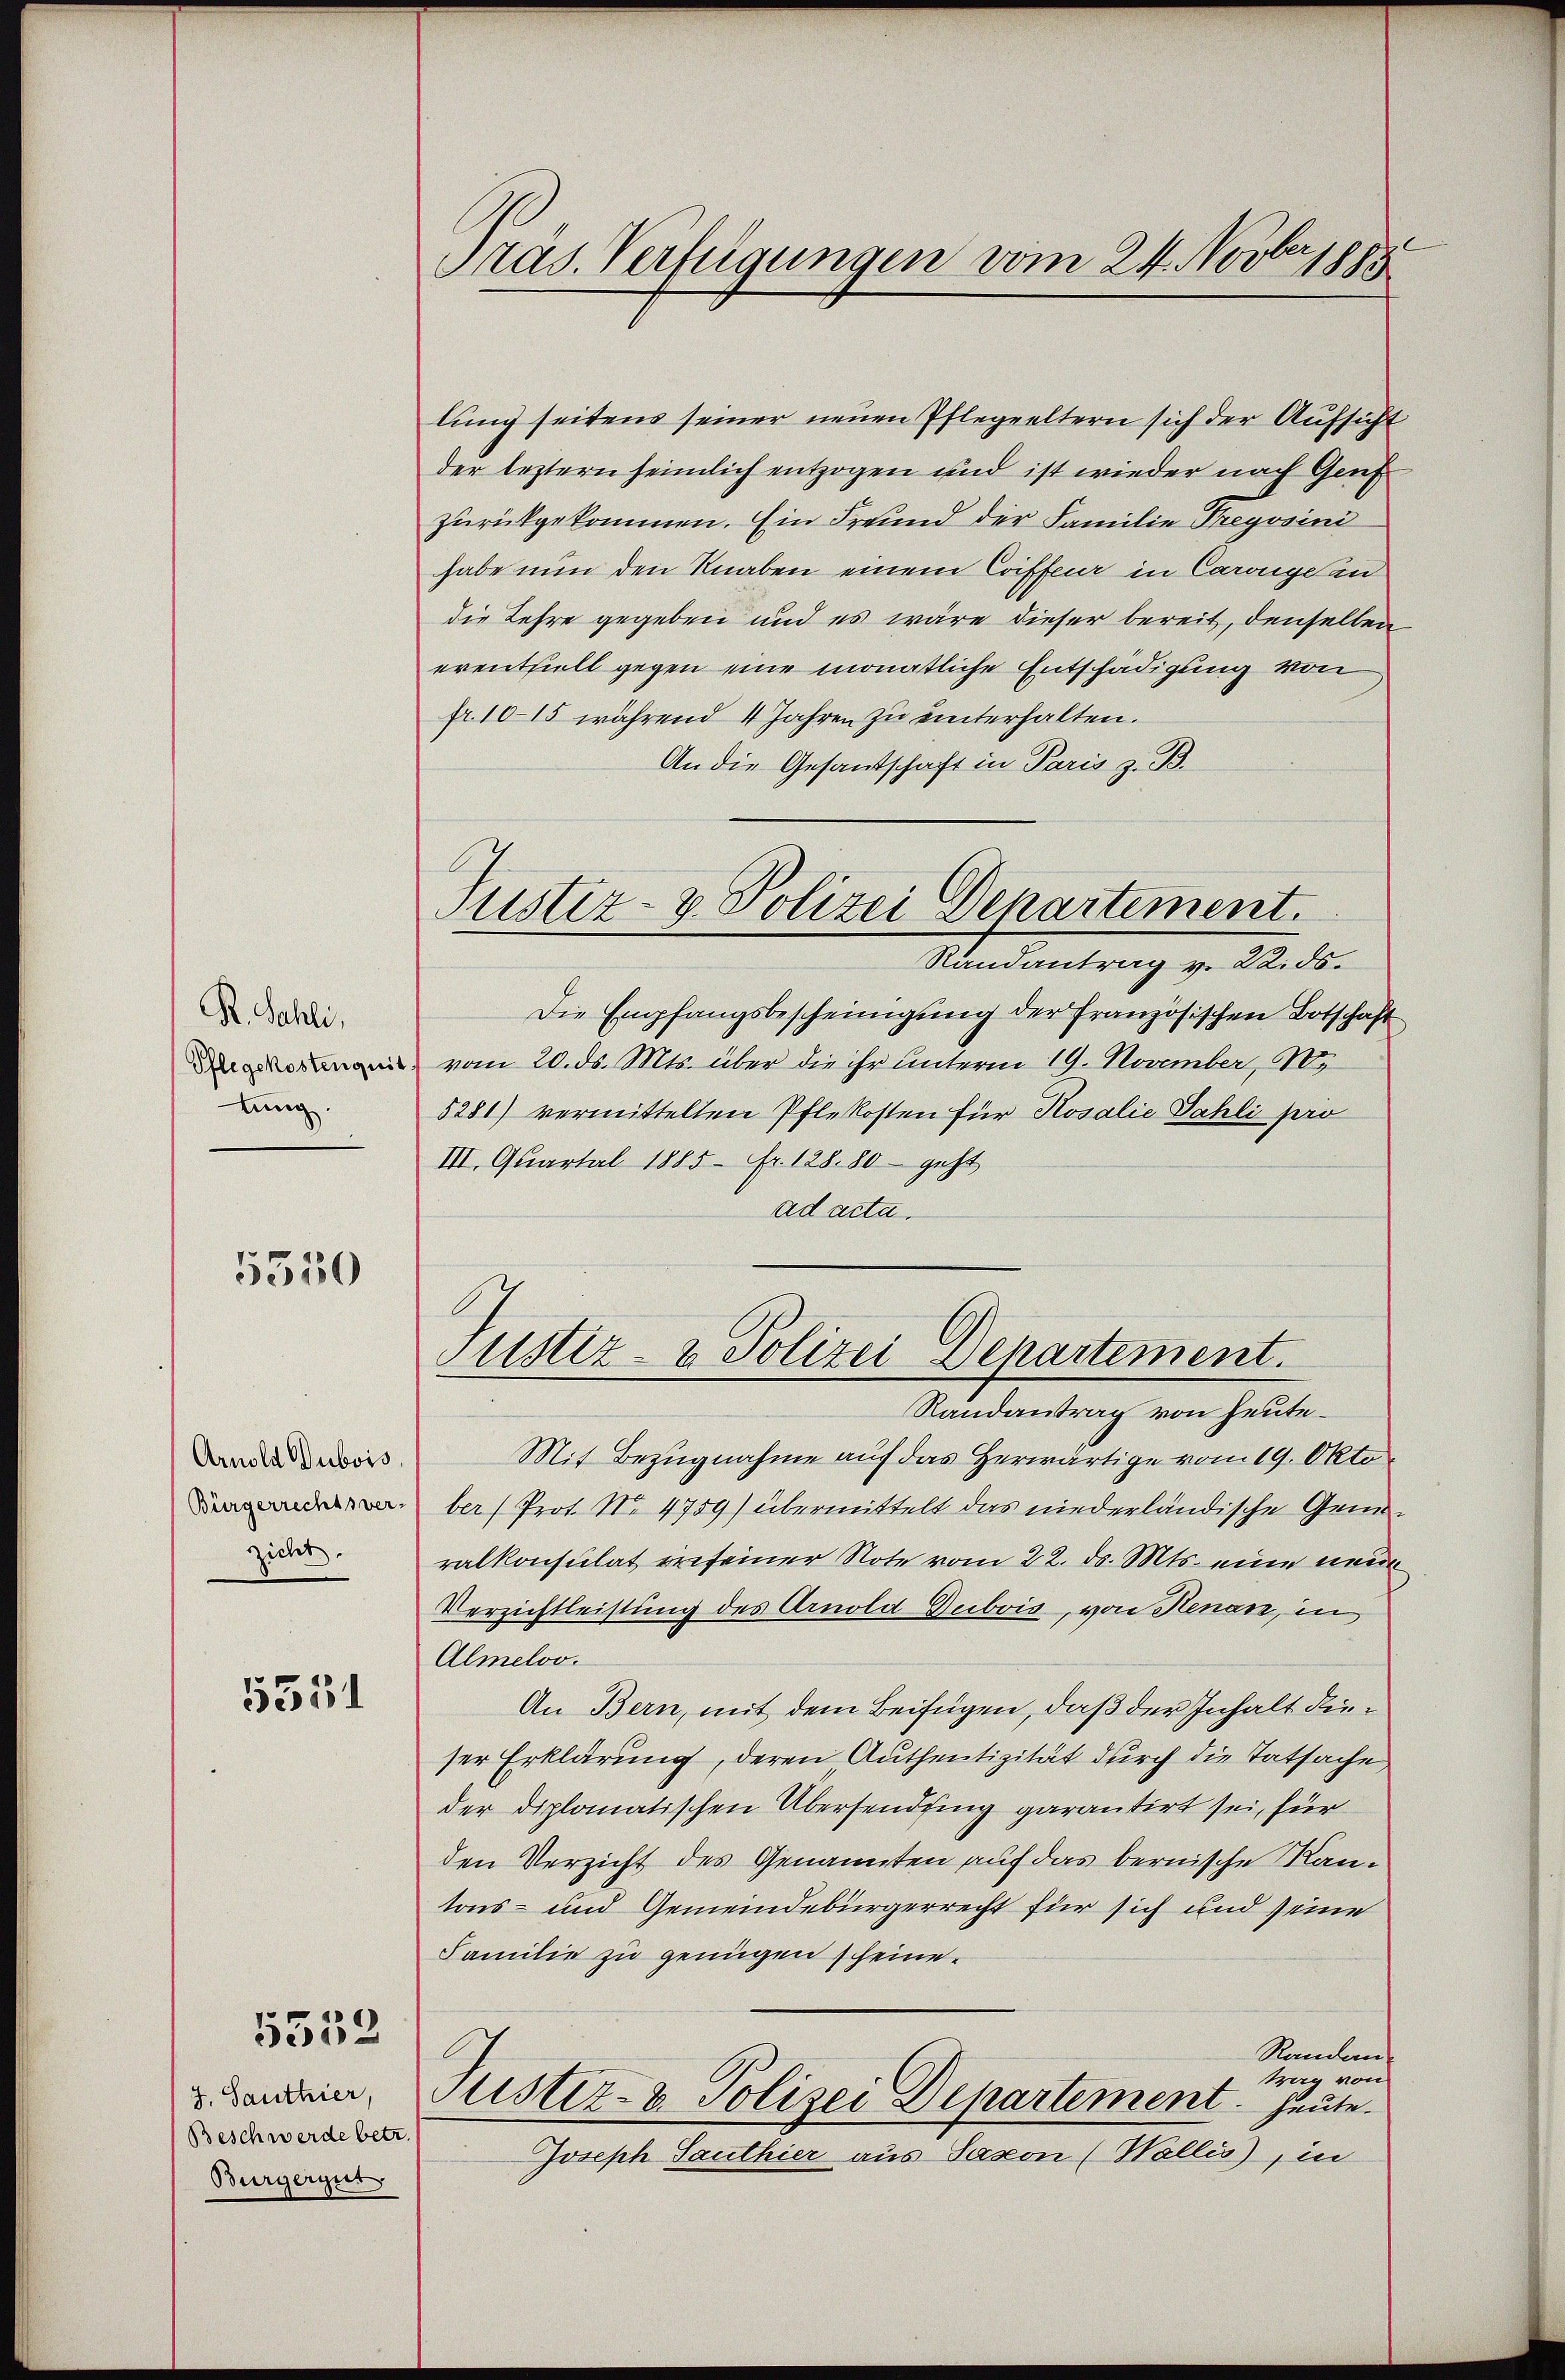
R. Sahli,
lung

5350

Arnold Dubois
Bürgerrechtsver-
zicht.

5331

J. Santhier,
Beschwerde betr.
Burgergut

5352

Präs. Verfügungen vom 24. Novbr 1885

lung seitens seiner neuen Pflegeeltern sich der Aufsicht
der leztern heimlich entzogen und ist wieder nach Gruf
zurückgekommen. Ein Freund der Familie Freyssini
habe nun den Knaben einem Coiffer in Carange an
die Lehre gegeben und es wäre dieser bereit, denselben
erenthielt gegen eine monatliche Entschädigung von
fr. 10–15 während 4 Jahren zu unterhalten.
An die Gesandschaft in Paris z. B.
Justiz- & Polizei Departement.
Randantrag v. 22. ds.
Die Empfangsbescheinigung der französischen Botschaft
 vom 20. ds. Mts. über die ihr unterm 19. November, 10.
5281) vermittelten Pflekosten für Rosalie Sahli pro
III. Quartal 1885 Fr. 128. 80 - geht
ad acta.

Justiz- & Polizei Departement.

Randantrag von heute.
Mit Bezugnahme auf das Herwärtige vom 19. Okto
ber (Prot. No. 4759) übermittelt das niederländische Generalkonsulat erseiner Note vom 22. ds. Mts. eine neue
Verzichtleistung des Arnold Dubois, von Henan, in
Almeloo.
An Bern, mit dem Beifügen, daß der Inhalt dieser Erklärung, deren Authentizität durch die Tatsache,
der Diplomatischen Übersendfing garantirt sei, für
den Verzicht des Genannten auf das bernische Kantons- und Gemeindebürgerrecht für sich und seine
Familie zu genügen scheine.
Randan
tre von
Justiz- & Polizei Departement. Heute.
Joseph Sauthier aus Jason (Wallis, in